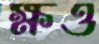
ক্ষও